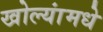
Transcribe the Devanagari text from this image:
खोल्यांमधे